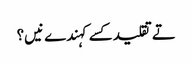
تے تقلید کسے کہندے نیں؟